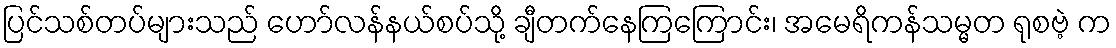
ပြင်သစ်တပ်များသည် ဟော်လန်နယ်စပ်သို့ ချီတက်နေကြကြောင်း၊ အမေရိကန်သမ္မတ ရုစဗဲ့ က